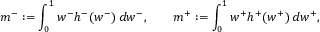
m ^ { - } : = \int _ { 0 } ^ { 1 } w ^ { - } h ^ { - } ( w ^ { - } ) \, d w ^ { - } , \qquad m ^ { + } : = \int _ { 0 } ^ { 1 } w ^ { + } h ^ { + } ( w ^ { + } ) \, d w ^ { + } ,